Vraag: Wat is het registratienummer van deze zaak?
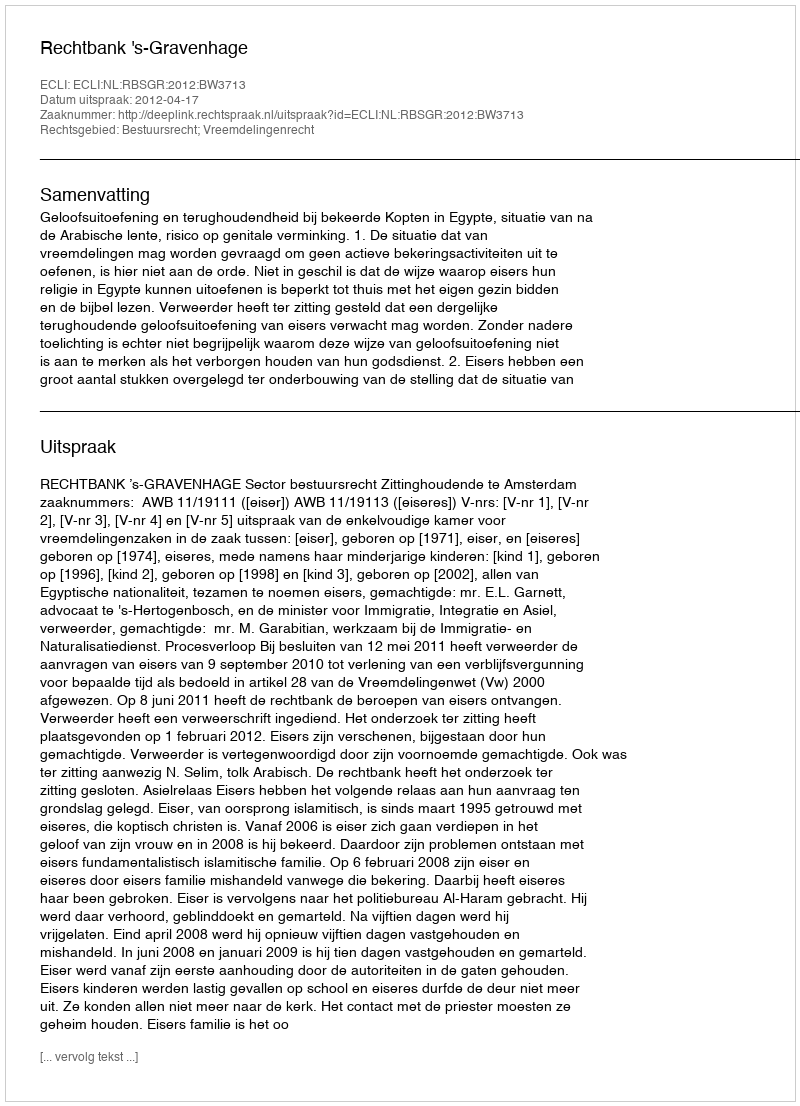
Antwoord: http://deeplink.rechtspraak.nl/uitspraak?id=ECLI:NL:RBSGR:2012:BW3713